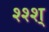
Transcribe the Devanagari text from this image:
श्श्श्